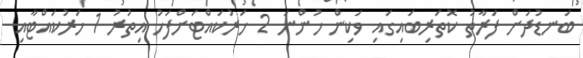
ބަނޑުދަށް ފަރާތު ކޮތަރިބައިގައި ވަކިން ހުންނަ 2 ހަރުކައްޓަށްފަހު އިތުރު 1 ހަރުކައްޓާއި